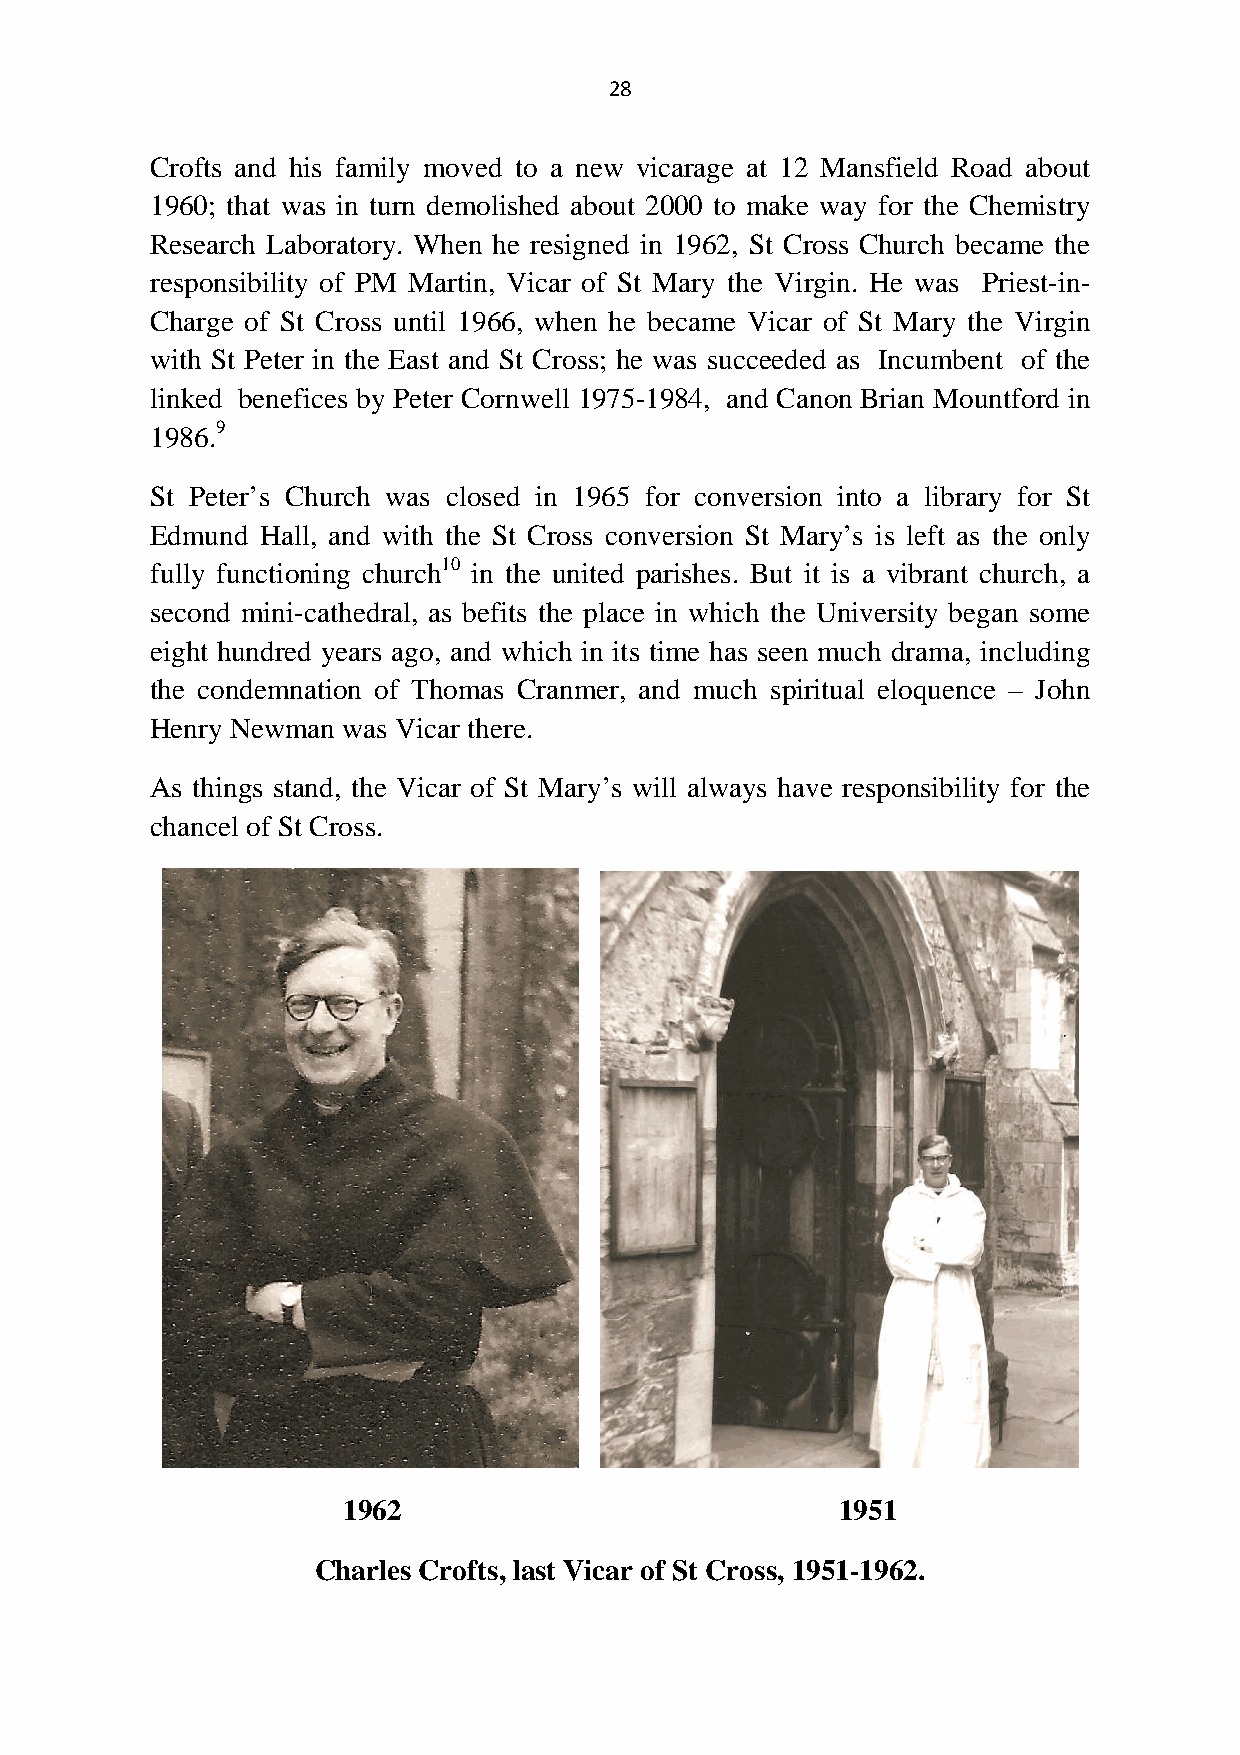
28
 Crofts and his family moved to a new vicarage at 12 Mansfield Road about
 1960; that was in turn demolished about 2000 to make way for the Chemistry
 Research Laboratory. When he resigned in 1962, St Cross Church became the
 responsibility of PM Martin, Vicar of St Mary the Virgin. He was Priest-in-
 Charge of St Cross until 1966, when he became Vicar of St Mary the Virgin
 with St Peter in the East and St Cross; he was succeeded as Incumbent of the
 linked benefices by Peter Cornwell 1975-1984, and Canon Brian Mountford in
 1986.9
 St Peter’s Church was closed in 1965 for conversion into a library for St
 Edmund Hall, and with the St Cross conversion St Mary’s is left as the only
 fully functioning church10 in the united parishes. But it is a vibrant church, a
 second mini-cathedral, as befits the place in which the University began some
 eight hundred years ago, and which in its time has seen much drama, including
 the condemnation of Thomas Cranmer, and much spiritual eloquence – John
 Henry Newman was Vicar there.
 As things stand, the Vicar of St Mary’s will always have responsibility for the
 chancel of St Cross.
 1962                             1951
 Charles Crofts, last Vicar of St Cross, 1951-1962.